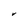
Character: V